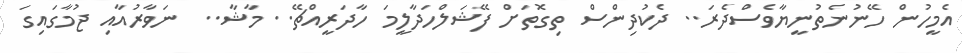
އެމީހުން ހޭނުނެތުނީޔާވެސްދެރަ.. ދެކުދިންސް ތިގޮތަށް ފޭޝަލްހަދާލީމަ ހާދަރީއްޗޭ.. މާޝާ..  ނަވާރުއާއި ޖުމާގައިގަ